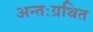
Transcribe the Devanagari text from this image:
अन्तःग्रथित